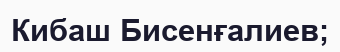
Кибаш Бисенғалиев;